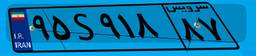
۳۶S۷۹۲۰۵